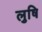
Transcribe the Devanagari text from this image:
लुषि